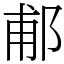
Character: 郙